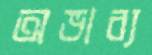
অভাব্য